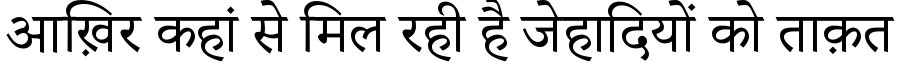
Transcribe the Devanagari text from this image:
आख़िर कहां से मिल रही है जेहादियों को ताक़त